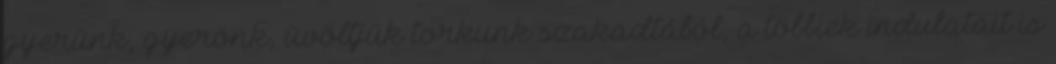
gyerünk, gyerönk, üvöltjük torkunk szakadtából, a többiek indulatait is